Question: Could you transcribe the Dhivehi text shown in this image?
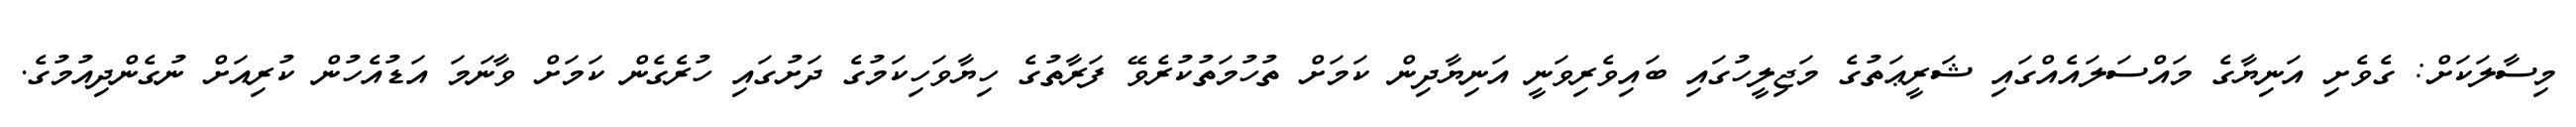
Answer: މިސާލަކަށް: ގެވެށި އަނިޔާގެ މައްސަލައެއްގައި ޝަރީޢަތުގެ މަޖިލީހުގައި ބައިވެރިވަނީ އަނިޔާދިން ކަމަށް ތުހުމަތުކުރެވޭ ފަރާތުގެ ހިޔާވަހިކަމުގެ ދަށުގައި ހުރެގެން ކަމަށް ވާނަމަ އަޑުއެހުން ކުރިއަށް ނުގެންދިއުމުގެ.